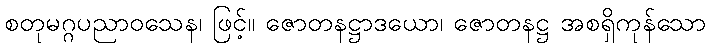
စတုမဂ္ဂပညာဝသေန၊ ဖြင့်။ ဇောတနဋ္ဌာဒယော၊ ဇောတနဋ္ဌ အစရှိကုန်သော